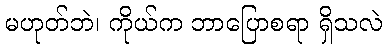
မဟုတ်ဘဲ၊ ကိုယ်က ဘာပြောစရာ ရှိသလဲ